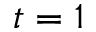
t = 1